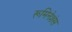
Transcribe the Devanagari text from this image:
रूमिनेशंस